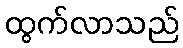
ထွက်လာသည်